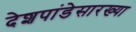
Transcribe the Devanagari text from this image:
देशपांडेसारख्या